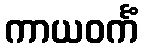
ကာယဝင်္ကံ